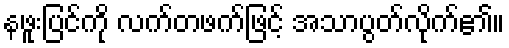
နဖူးပြင်ကို လက်တဖက်ဖြင့် အသာပွတ်လိုက်၏။